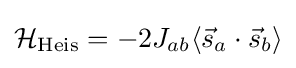
{\mathcal {H}}_{\rm {Heis}}=-2J_{ab}\langle {\vec {s}}_{a}\cdot {\vec {s}}_{b}\rangle